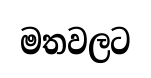
මතවලට